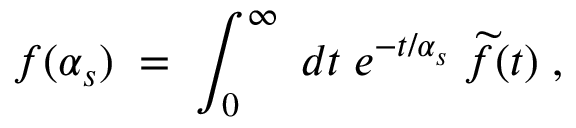
f ( \alpha _ { s } ) \; = \; \int _ { 0 } ^ { \infty } \; d t \; e ^ { - t / \alpha _ { s } } \; \widetilde { f } ( t ) \; ,